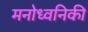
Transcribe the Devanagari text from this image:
मनोध्वनिकी